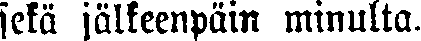
sekä jälkeenpäin minulta.